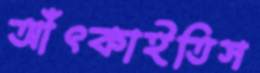
আঁৎকাইতিস